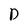
Character: D